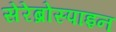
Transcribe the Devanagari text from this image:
सेरेब्रोस्पाइन